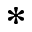
^ *